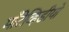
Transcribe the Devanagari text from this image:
माँटेव्हिडीयो